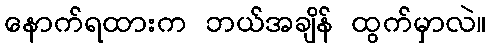
နောက်ရထားက ဘယ်အချိန် ထွက်မှာလဲ။